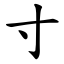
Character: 寸